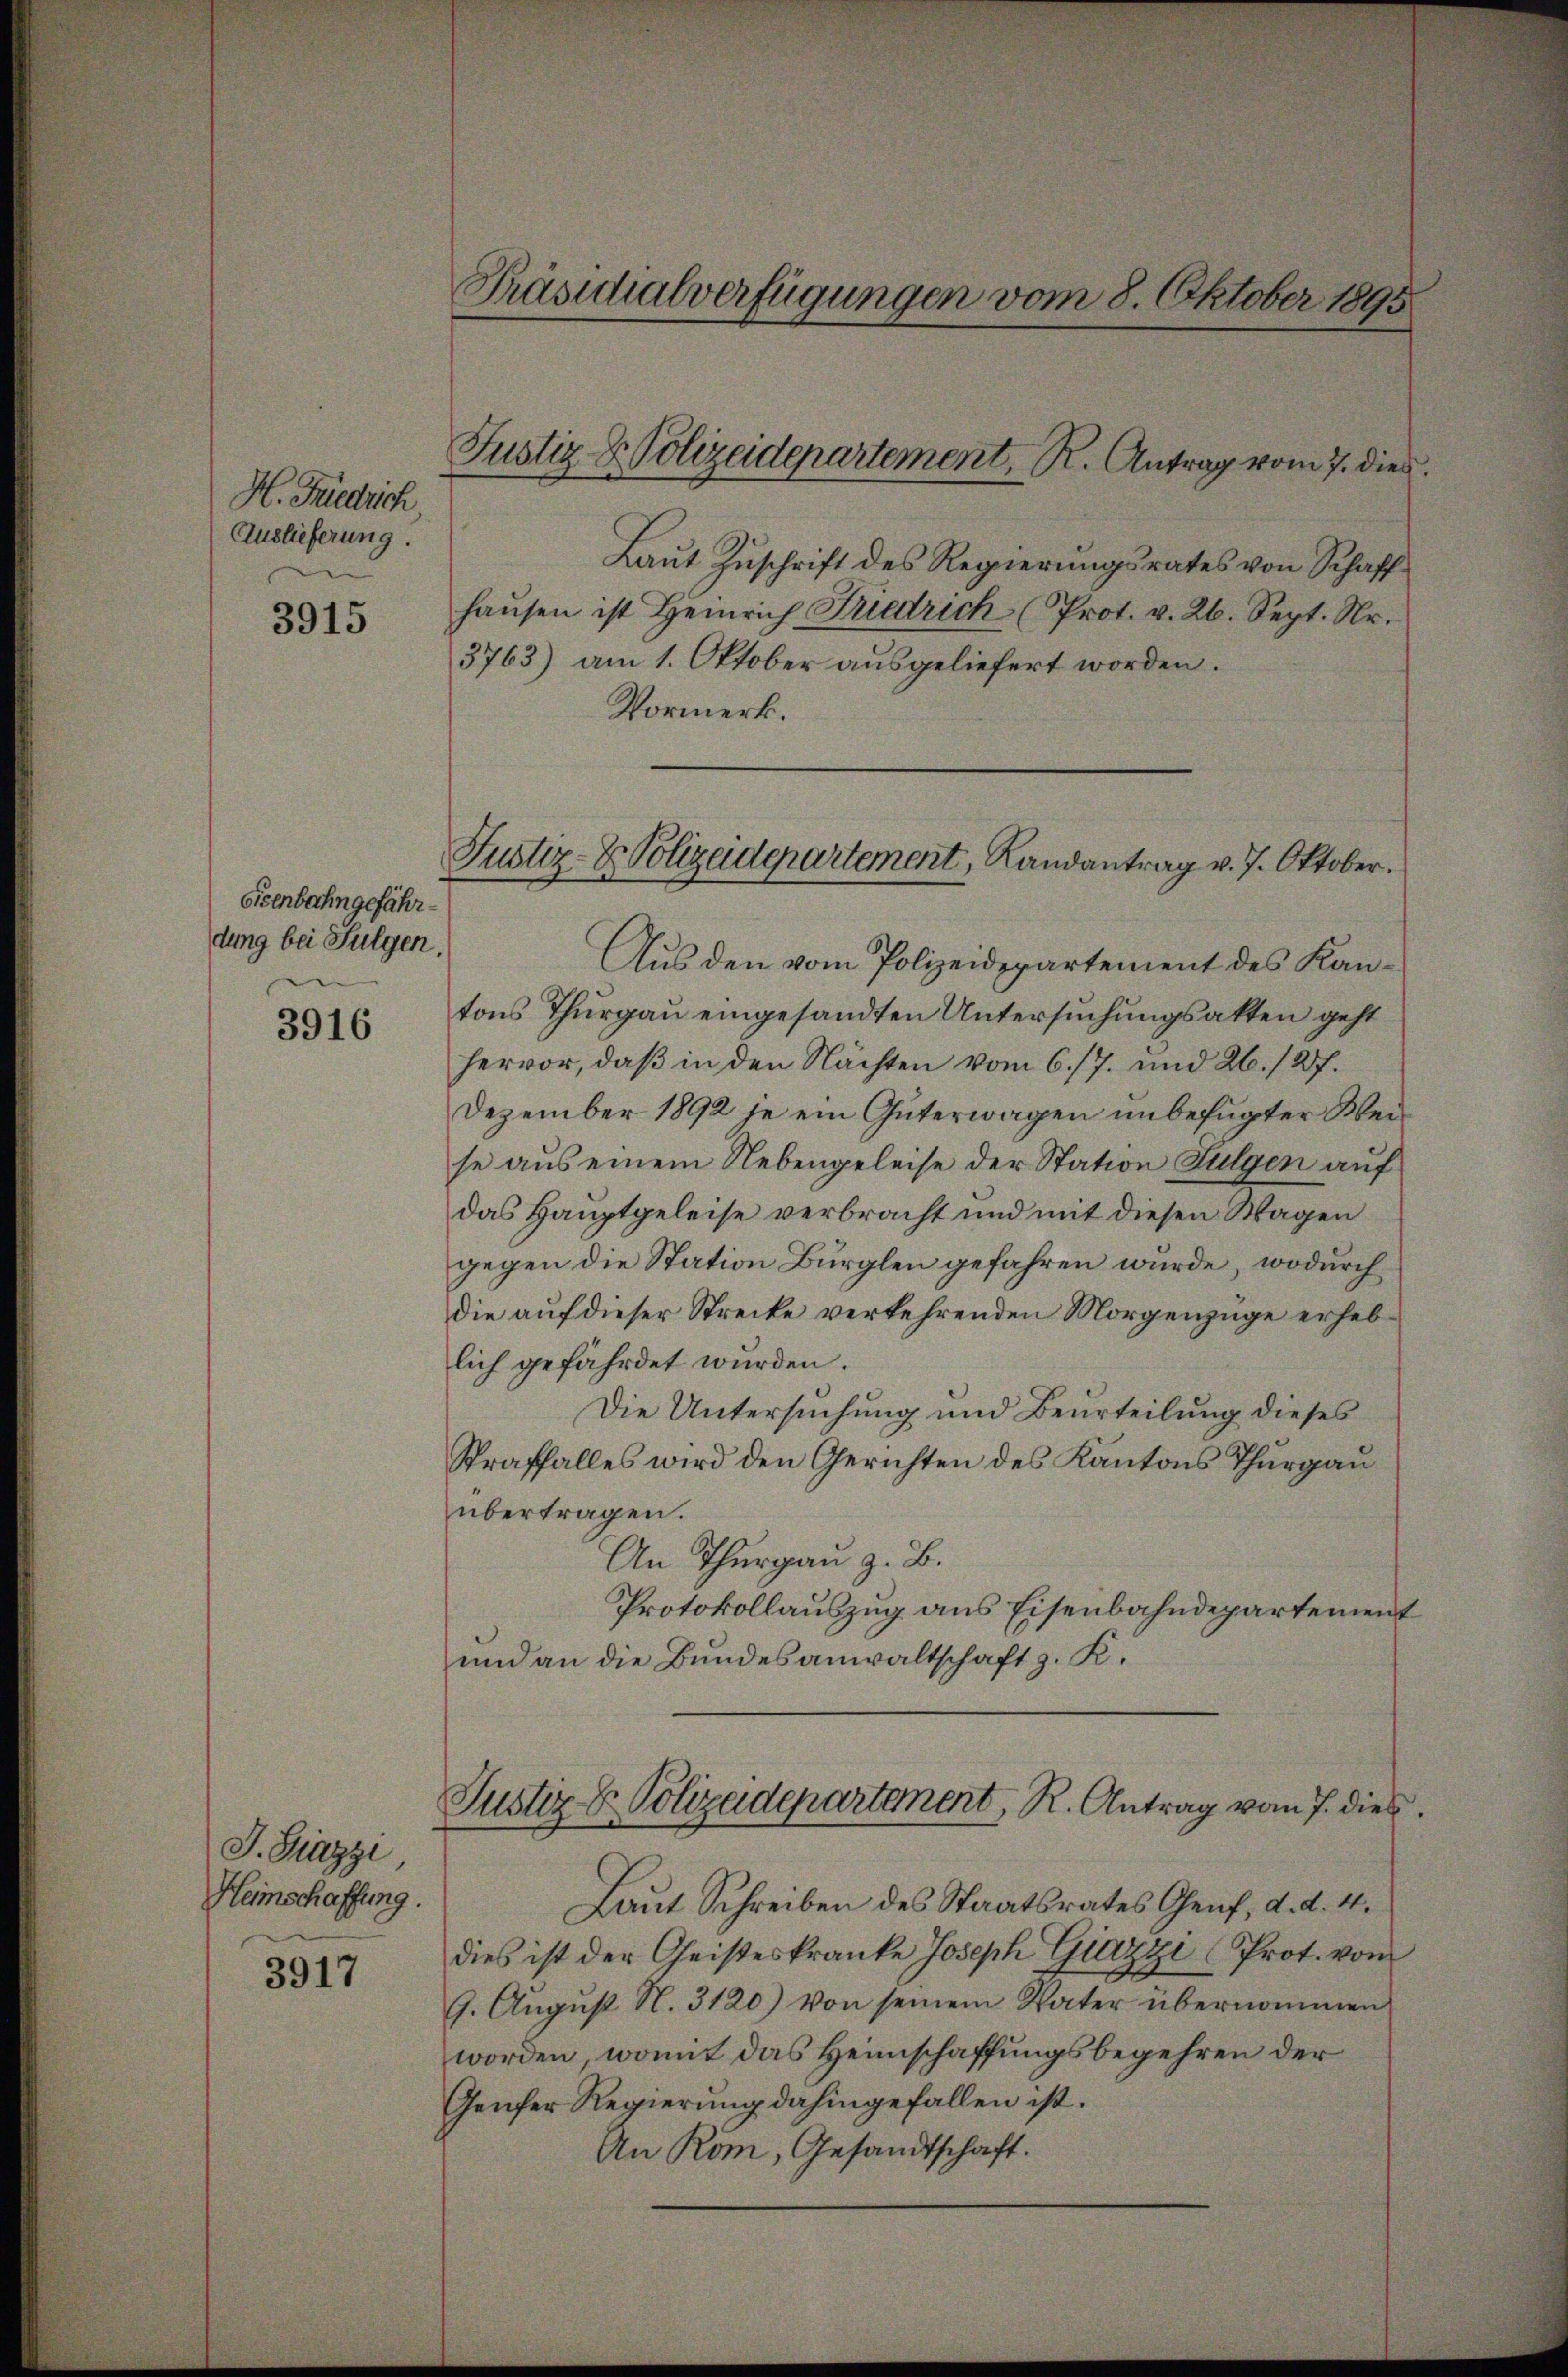
H. Friedrich
Auslieferung.

3915

Eisenbahngefährdung bei Sulgen.

3916

J. Grazzi
Heimschaffung.

3917

Präsidialverfügungen vom 8. Oktober 1895

Justiz- & Polizeidepartement, R. Antrag vom 7. dies

Laut Zuschrift des Regierungsrates von Schaffhaŭsen ist Heinrich Friedrich (Prot. v. 26. Sept. Nr.
3763) am 1. Oktober ausgeliefert worden.
Vormerk.
Aus den vom Polizeidepartement des Kantons Thurgau eingesandten Untersuchungsakten geht
hervor, daß in den Nächten vom 6./7. und 26. 127.
Dezember 1892 je ein Güterwagen unbefugter Weise aus einem Nebengeleise der Station Fulgen auf
das Hauptgeleise verbracht und mit diesen Wagen
gegen die Station Burglen gefahren würde, wodurch
die auf dieser Strecke verkehrenden Morgenzüge erheblich gefährdet wurden.
Die Untersuchung und Beurteilung dieses
Straffalles wird den Gerichten des Kantons Thurgau
übertragen.
An Thurgau z. B.
Protokollauszug aus Eisenbahndepartement
und an die Bundesanwaltschaft z. K.

Laut Schreiben des Staatsrates Genf, d. d. 4.
dies ist der Geisteskranke Joseph Giazzi Prot. von
9. August N. 3120) von seinem Vater übernommen
worden, womit das Heimschaffungsbegehren der
Genfer Regierung dahingefallen ist.
An Röm, Gesandtschaft.

Justiz- & Polizeidepartement, Landantrag v. 7. Oktober.

Justiz u. Polizeidepartement, R. Antrag vom 7. dies